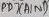
Text: PD7(AIN1)